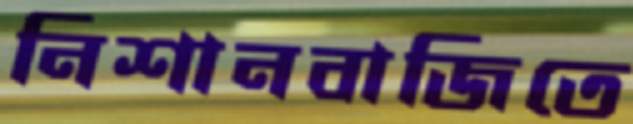
নিশানবাজিতে